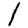
Digit: 1